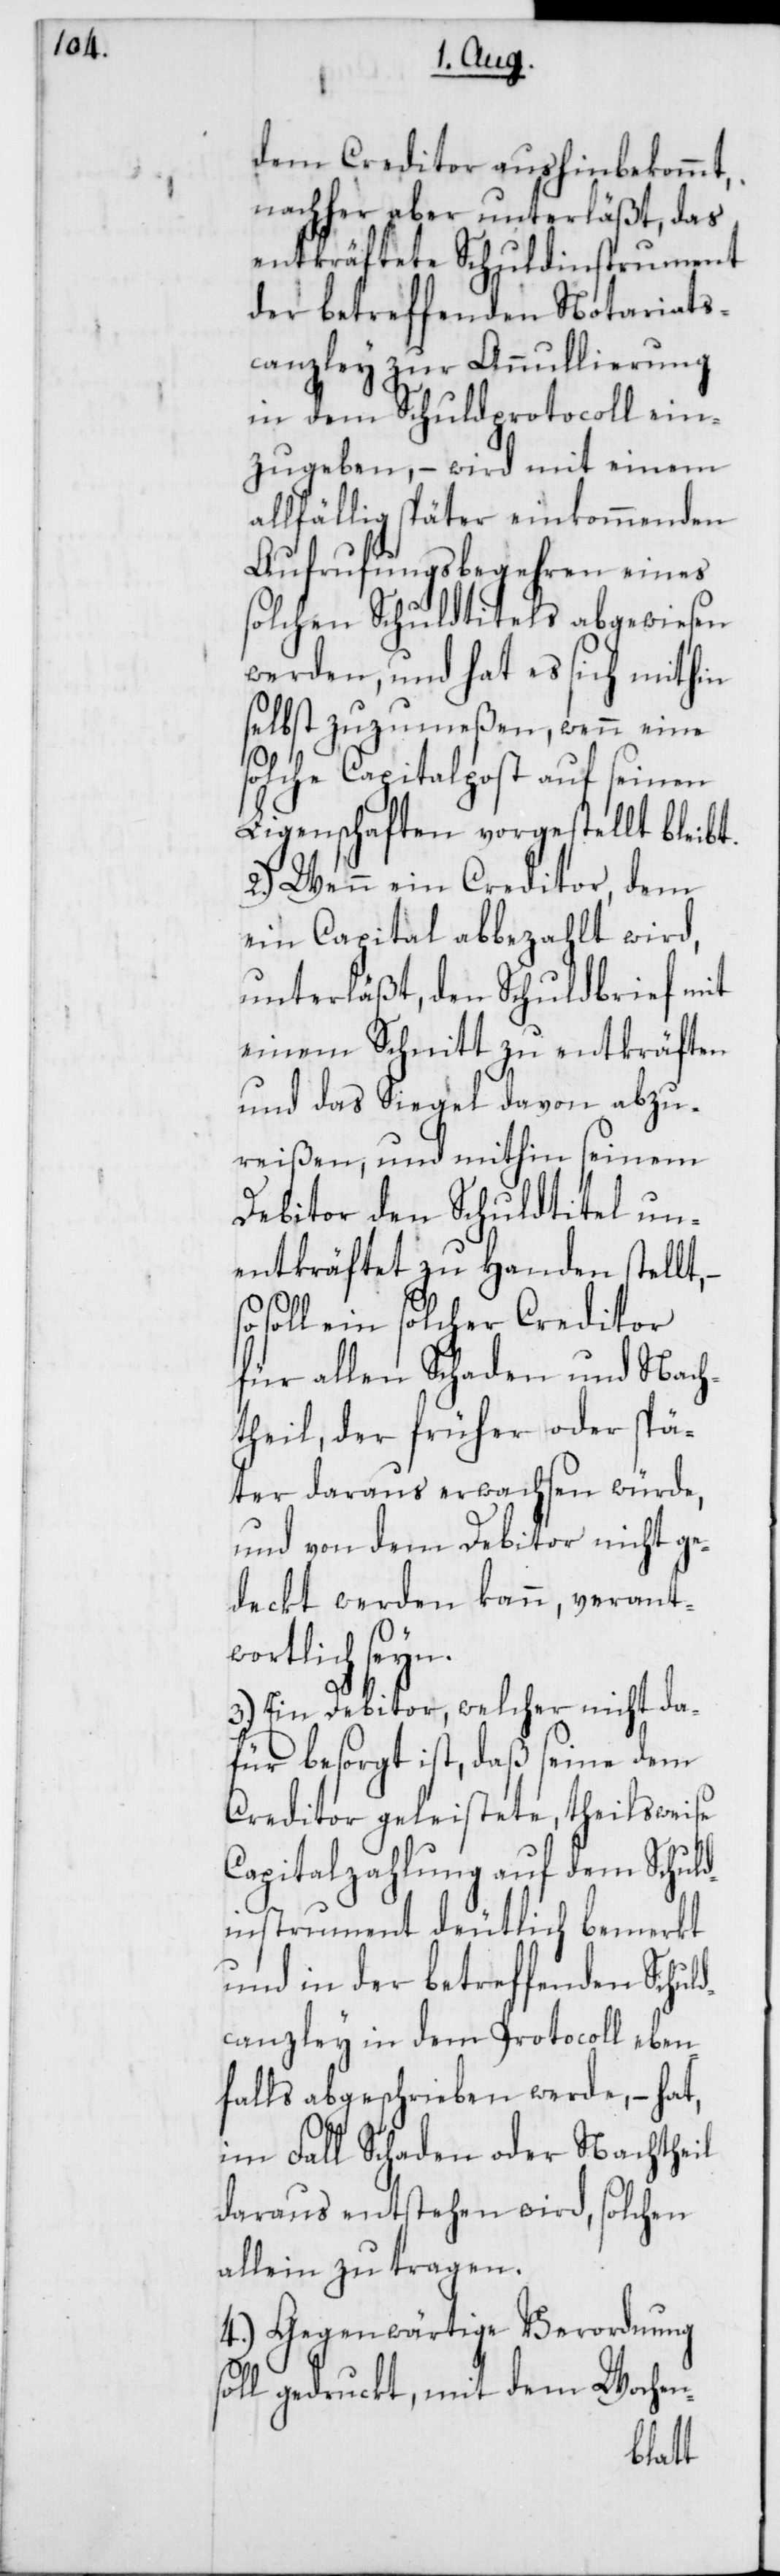
dem Creditor aushinbekommt,
nachher aber unterläßt, das
entkräftete Schuldinstrument
der betreffenden Notariats¬
canzley zur Annullierung
in dem Schuldprotocoll ein¬
zugeben, – wird mit einem
allfällig später einkommenden
Aufrufungsbegehren eines
solchen Schuldtitels abgewiesen
werden, und hat es sich mithin
selbst zuzumeßen, wenn eine
solche Capitalpost auf seinen
Ligenschaften vorgestellt bleibt.
2.) Wenn ein Creditor, dem
ein Capital abbezahlt wird,
unterläßt, den Schuldbrief mit
einem Schnitt zu entkräften
und das Siegel davon abzu¬
reißen, und mithin seinem
Debitor den Schuldtitel un¬
entkräftet zu Handen stellt,
so soll ein solcher Creditor
für allen Schaden und Nach¬
theil, der früher oder spä¬
ter daraus erwachsen würde,
und von dem Debitor nicht ge¬
deckt werden kann, verantw¬
ortlich seyn.
3.) Ein Debitor, welcher nicht da¬
für besorgt ist, daß seine dem
Creditor geleistete, theilsweise
Capitalzahlung auf dem Schuld¬
instrument deutlich bemerkt
und in der betreffenden Schuld¬
canzley in dem Protocoll eben¬
falls abgeschrieben werde, – hat,
im Fall Schaden oder Nachtheil
daraus entstehen wird, solchen
allein zu tragen.
4.) Gegenwärtige Verordnung
soll gedruckt, mit dem Wochen-